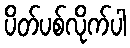
ပိတ်ပစ်လိုက်ပါ